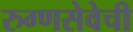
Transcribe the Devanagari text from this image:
रुग्णसेवेची